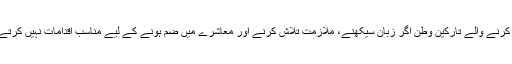
نئے مجوزہ جرمن قوانين کے مطابق جرمنی ميں سياسی پناہ حاصل کرنے والے تارکين وطن اگر زبان سيکھنے، ملازمت تلاش کرنے اور معاشرے ميں ضم ہونے کے ليے مناسب اقدامات نہيں کرتے، تو انہيں فراہم کی جانے والی سہوليات ميں کمی کی جا سکتی ہے۔